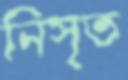
নিসৃত